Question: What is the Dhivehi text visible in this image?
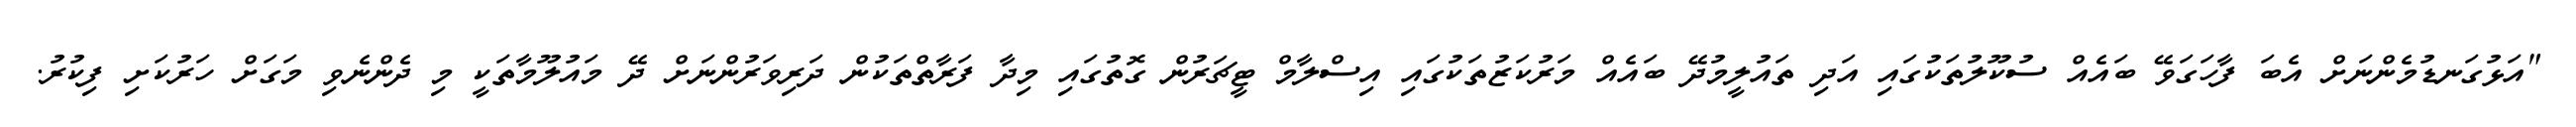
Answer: "އަޅުގަނޑުމެންނަށް އެބަ ފާހަގަވޭ ބައެއް ސުކޫލުތަކުގައި އަދި ތައުލީމުދޭ ބައެއް މަރުކަޒުތަކުގައި އިސްލާމް ޓީޗަރުން ގޮތުގައި މިދާ ފަރާތްތަކުން ދަރިވަރުންނަށް ދޭ މައުލޫމާތަކީ މި ދެންނެވި މަގަށް ހަރުކަށި ފިކުރު.